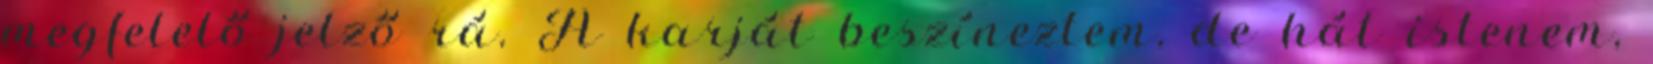
megfelelő jelző rá. A karját beszíneztem, de hát istenem,